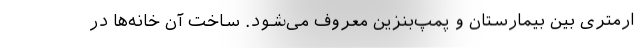
ارمتری بین بیمارستان و پمپ‌بنزین معروف می‌شود. ساخت آن خانه‌ها در